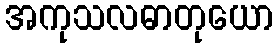
အကုသလဓာတုယော